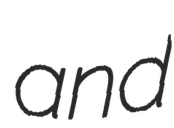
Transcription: and